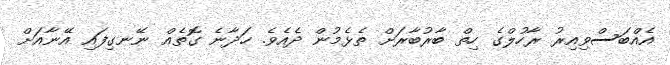
އެއްބަސްވިއިރު ރާހުލްގެ ހިތް ބާރުބާރަށް ތެޅެމުން ދެއެވެ. ހަދާނެ ގޮތެއް ނޭނގިފައި އޭނާއަށް